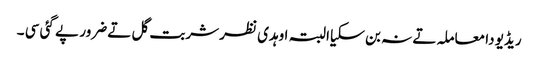
ریڈیو دا معاملہ تے نہ بن سکیا البتہ اوہدی نظر شربت گل تے ضرور پے گئی سی ۔